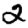
Digit: 2